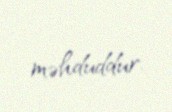
məhduddur.